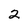
Character: 2